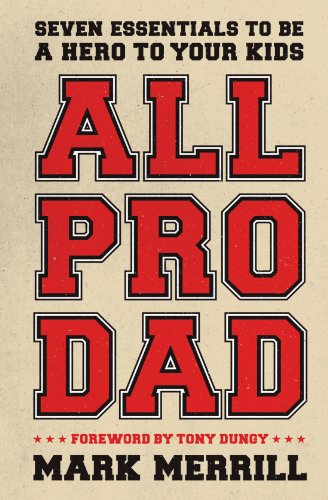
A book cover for All Pro Dad: Seven Essentials to Be a Hero to Your Kids; Mark Merrill; Parenting & Relationships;